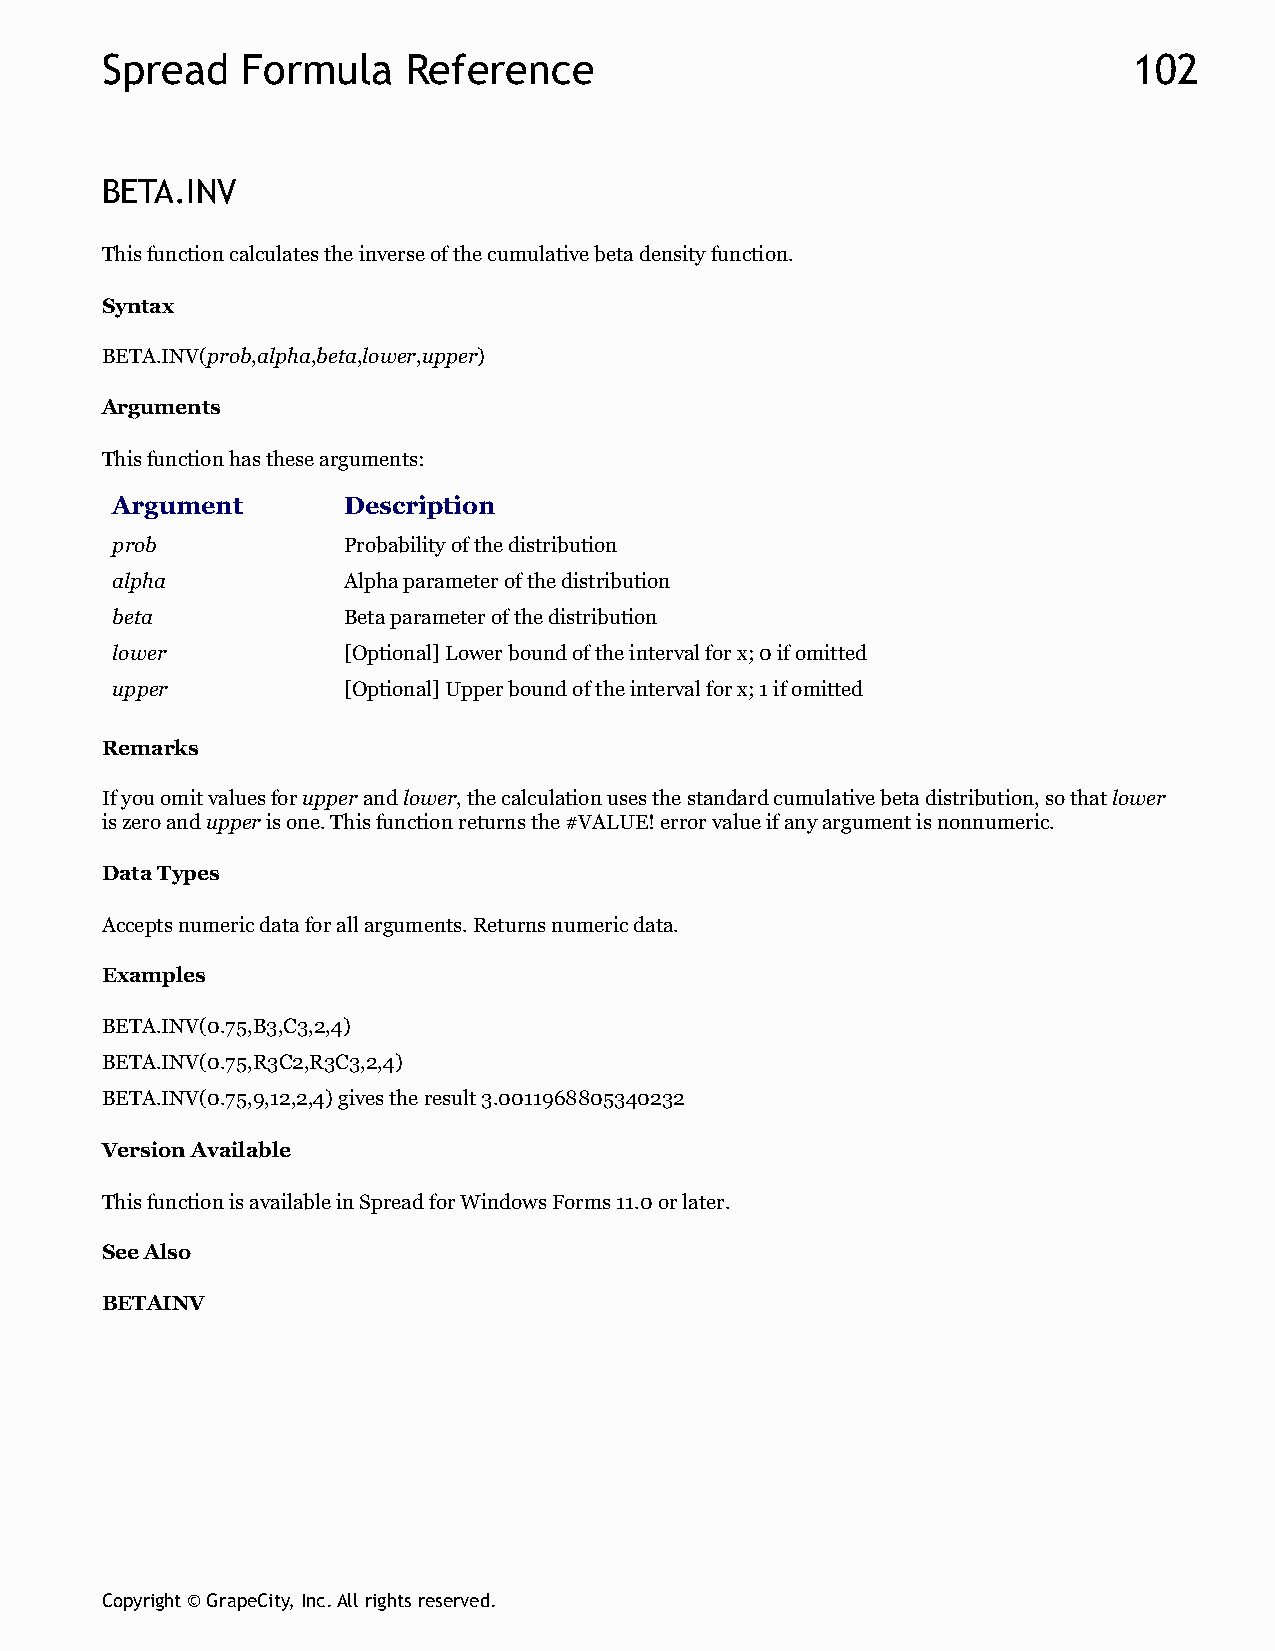
Spread   Formula    Reference                                       102
 BETA.INV
 This function calculates the inverse of the cumulative beta density function.
 Syntax
 BETA.INV(prob,alpha,beta,lower,upper)
 Arguments
 This function has these arguments:
 Argument        Description
 prob            Probability of the distribution
 alpha           Alpha parameter of the distribution
 beta            Beta parameter of the distribution
 lower           [Optional] Lower bound of the interval for x; 0 if omitted
 upper           [Optional] Upper bound of the interval for x; 1 if omitted
 Remarks
 If you omit values for upper and lower, the calculation uses the standard cumulative beta distribution, so that lower
 is zero and upper is one. This function returns the #VALUE! error value if any argument is nonnumeric.
 Data Types
 Accepts numeric data for all arguments. Returns numeric data.
 Examples
 BETA.INV(0.75,B3,C3,2,4)
 BETA.INV(0.75,R3C2,R3C3,2,4)
 BETA.INV(0.75,9,12,2,4) gives the result 3.0011968805340232
 Version Available
 This function is available in Spread for Windows Forms 11.0 or later.
 See Also
 BETAINV
 Copyright © GrapeCity, Inc. All rights reserved.